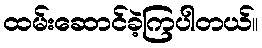
ထမ်းဆောင်ခဲ့ကြပါတယ်။